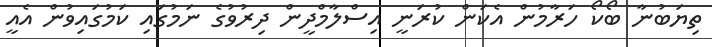
ތިޔަބުނާ ބޯކޯ ހަރާމުން އެކަން ކުރަނީ އިސްލާމްދީން ދިރުވުގެ ނަމުގައި ކަމުގައިވުން އެއީ